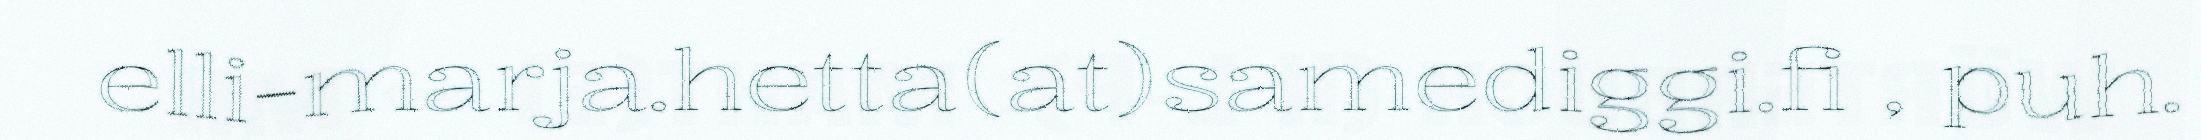
elli-marja.hetta(at)samediggi.fi , puh.